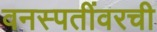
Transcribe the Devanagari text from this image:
वनस्पतींवरची